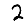
Digit: 2